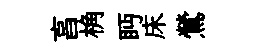
亯桷眄床鶯